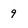
Character: 9